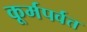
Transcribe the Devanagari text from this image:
कूर्मपर्वत